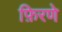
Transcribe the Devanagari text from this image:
फ़िरणे